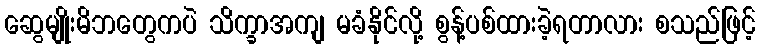
ဆွေမျိုးမိဘတွေကပဲ သိက္ခာအကျ မခံနိုင်လို့ စွန့်ပစ်ထားခဲ့ရတာလား စသည်ဖြင့်